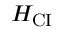
H _ { \mathrm { { C I } } }